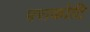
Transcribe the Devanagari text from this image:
पराकोटि